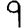
Digit: 9